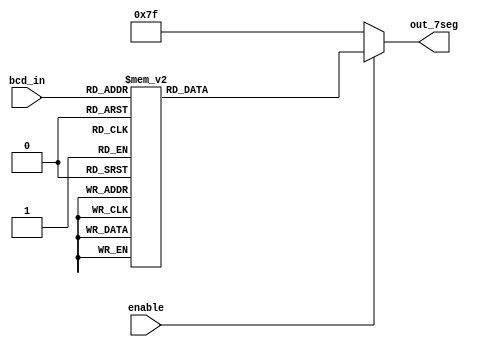
module Led7_Decoder_Module (enable, bcd_in, out_7seg);
	input enable;
	input [3:0] bcd_in;
	output reg [0:6] out_7seg;
	always @(enable, bcd_in) begin
		if (enable) begin
			case (bcd_in)
				0: out_7seg = 7'b0000001;
				1: out_7seg = 7'b1001111;
            2: out_7seg = 7'b0010010;
            3: out_7seg = 7'b0000110;
            4: out_7seg = 7'b1001100;
            5: out_7seg = 7'b0100100;
            6: out_7seg = 7'b0100000;
            7: out_7seg = 7'b0001111;
            8: out_7seg = 7'b0000000;
            9: out_7seg = 7'b0000100;
				default: out_7seg = 7'b1111111;
			endcase
		end else out_7seg = 7'b1111111;
	end
endmodule